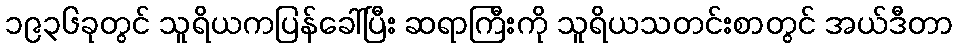
၁၉၃၆ခုတွင် သူရိယကပြန်ခေါ်ပြီး ဆရာကြီးကို သူရိယသတင်းစာတွင် အယ်ဒီတာ